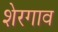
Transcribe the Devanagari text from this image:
शेरगाव